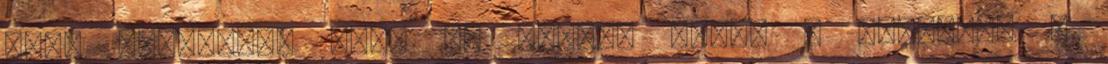
volt jellemző, hogy mi négyen írtuk a dalokat, ő